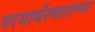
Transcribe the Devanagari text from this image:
परमार्थस्थलाच्या